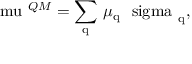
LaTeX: \mathrm { \boldmath ~ \ m u ~ } ^ { Q M } = \sum _ { \mathrm { q } } \, \mu _ { \mathrm { q } } \mathrm { \boldmath ~ \ s i g m a ~ } _ { \mathrm { q } } ,